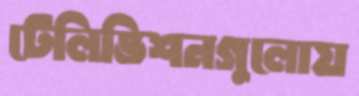
টেলিভিশনগুলোয়